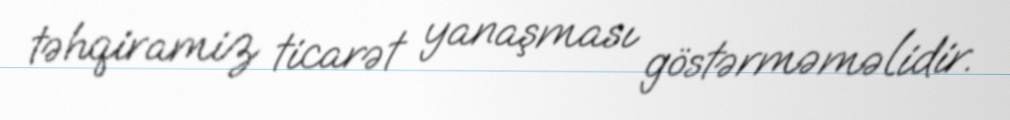
təhqiramiz ticarət yanaşması göstərməməlidir.